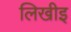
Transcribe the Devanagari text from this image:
लिखीइ